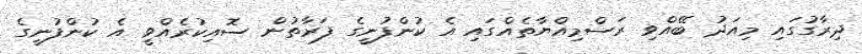
ދިރާގުގައި މިއަދު ބޭއްވި ރަސްމިއްޔާތެއްގައި އެ ކުންފުނީގެ ފަރާތުން ސޮއިކުރެއްވީ އެ ކުންފުނީގެ